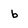
Character: b